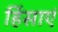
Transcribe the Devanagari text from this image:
हिंसाएं